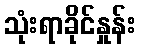
သုံးရာခိုင်နှုန်း